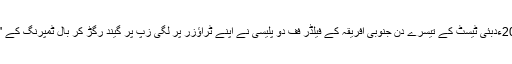
فرحان نثار26 اکتوبر 2013ءدبئی ٹیسٹ کے تیسرے دن جنوبی افریقہ کے فیلڈر فف دو پلیسی نے اپنے ٹراؤزر پر لگی زپ پر گيند رگڑ کر بال ٹمپرنگ کے "گڑھے مردے" اکھاڑ دیے۔